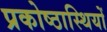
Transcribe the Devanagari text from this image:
प्रकोष्ठास्थियों